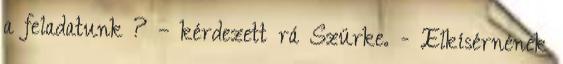
a feladatunk ? – kérdezett rá Szürke. - Elkísérnének